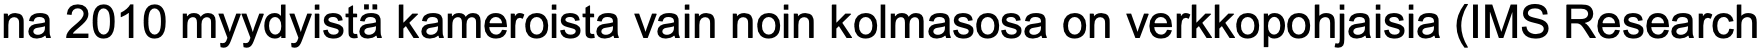
na 2010 myydyistä kameroista vain noin kolmasosa on verkkopohjaisia (IMS Research